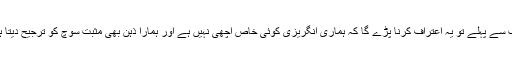
سب سے پہلے تو یہ اعتراف کرنا پڑے گا کہ ہماری انگریزی کوئی خاص اچھی نہیں ہے اور ہمارا ذہن بھی مثبت سوچ کو ترجیح دیتا ہے۔